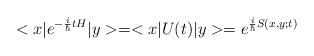
LaTeX: \begin{align*}<x|e^{-{i\over\hbar}tH}|y>=<x|U(t)|y>=e^{{i\over\hbar}S(x,y;t)}\end{align*}